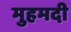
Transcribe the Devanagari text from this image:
मुहमदी